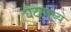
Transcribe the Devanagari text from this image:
घटामध्ये